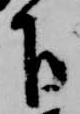
下